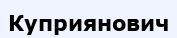
Куприянович